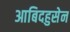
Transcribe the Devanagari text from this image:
आबिदहुसेन